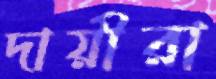
দায়ীরা